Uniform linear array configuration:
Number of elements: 48
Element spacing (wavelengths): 0.25
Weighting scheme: cosine
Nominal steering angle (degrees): -45
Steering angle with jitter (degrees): -43.759
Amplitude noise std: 0.05
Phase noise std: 0.05

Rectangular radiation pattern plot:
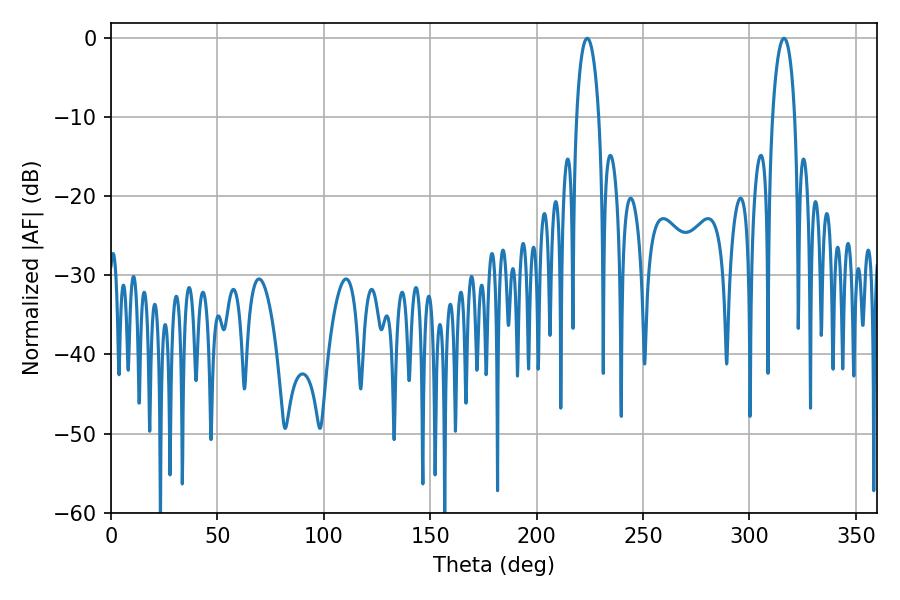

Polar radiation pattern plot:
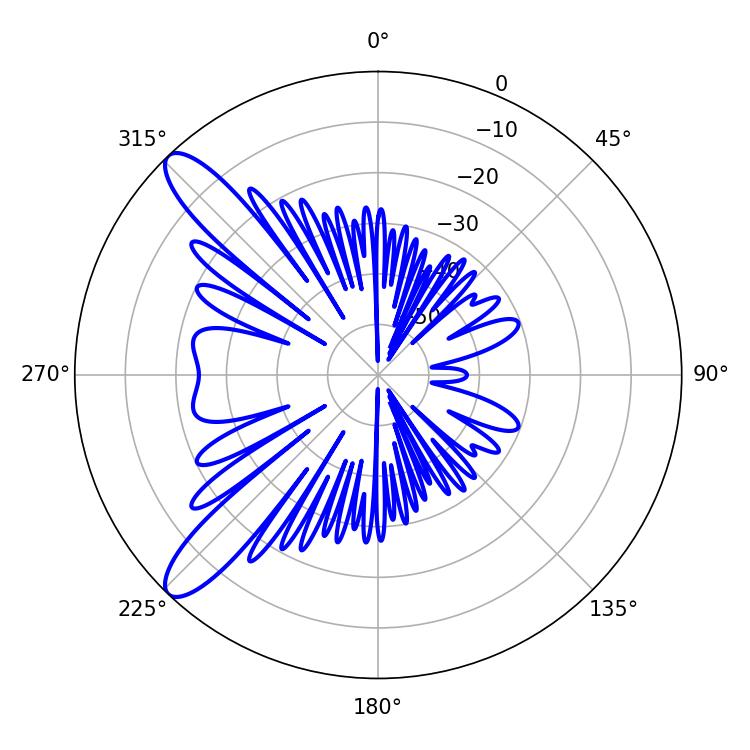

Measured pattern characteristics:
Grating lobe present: FALSE
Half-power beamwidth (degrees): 5.94
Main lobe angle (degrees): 223.74